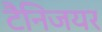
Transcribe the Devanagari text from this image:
टैनिजयर